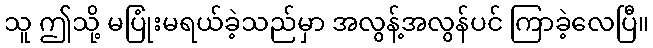
သူ ဤသို့ မပြုံးမရယ်ခဲ့သည်မှာ အလွန့်အလွန်ပင် ကြာခဲ့လေပြီ။